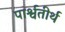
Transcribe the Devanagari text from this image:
पार्श्वतीर्थ